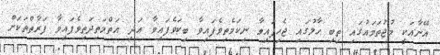
އޭނާއަކީ މުޖުތަމައުގައި ތިބި ހާލުގައި ޖެހިފައިވާ ނިކަމެތިވެފައިވާ ބިކަވެފައިވާ އަދި އަތްމަތިދަތިވެފައިވާ ފަރާތްތަކަށް